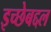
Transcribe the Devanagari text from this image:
इच्छेबद्दल